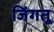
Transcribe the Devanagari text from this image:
जिंगतू